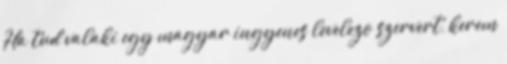
Ha tud valaki egy magyar ingyenes levelezo szervert, kerem